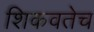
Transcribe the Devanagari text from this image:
शिकवतेच